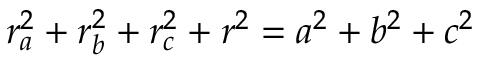
\displaystyle r _ { a } ^ { 2 } + r _ { b } ^ { 2 } + r _ { c } ^ { 2 } + r ^ { 2 } = a ^ { 2 } + b ^ { 2 } + c ^ { 2 }